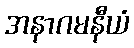
အနာဂမနီယံ